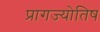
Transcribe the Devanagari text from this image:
प्रागज्योतिष